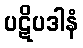
ပဋိပဒါနံ